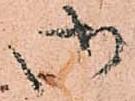
御